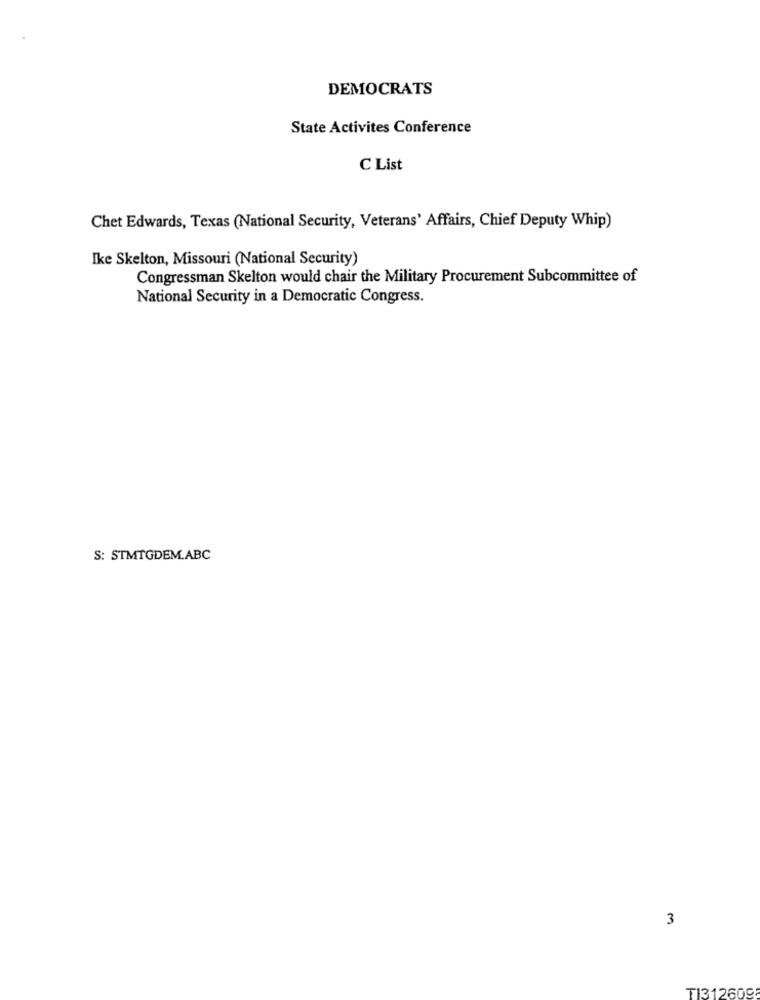
DEMOCRATS
State Activites Conference
C List
Chet Edwards, Texas (National Security, Veterans' Affairs, Chief Deputy Whip)
Ike Skelton, Missouri (National Security)
Congressman Skelton would chair the Military Procurement Subcommittee of
National Security in a Democratic Congress.
S: STMTGDEM.ABC
3
TI312609